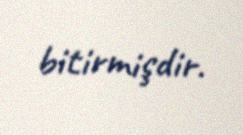
bitirmişdir.